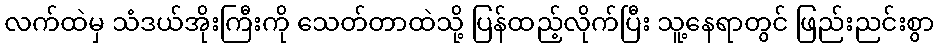
လက်ထဲမှ သံဒယ်အိုးကြီးကို သေတ်တာထဲသို့ ပြန်ထည့်လိုက်ပြီး သူ့နေရာတွင် ဖြည်းညင်းစွာ